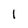
Character: 1